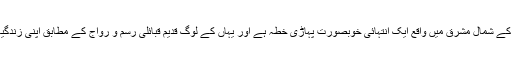
ناگا لینڈ بھارت کے شمال مشرق میں واقع ایک انتہائی خوبصورت پہاڑی خطہ ہے اور یہاں کے لوگ قدیم قبائلی رسم و رواج کے مطابق اپنی زندگیاں گزارتے ہیں۔